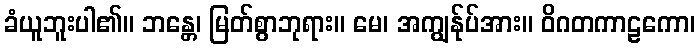
ခံယူဘူးပါ၏။ ဘန္တေ၊ မြတ်စွာဘုရား။ မေ၊ အကျွန်ုပ်အား။ ဝိဂတကာဠကော၊